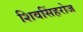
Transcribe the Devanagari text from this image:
शिवसिंहरोज